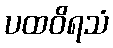
ပထဝိရသံ